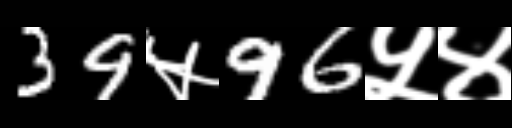
Text: 39५96५४